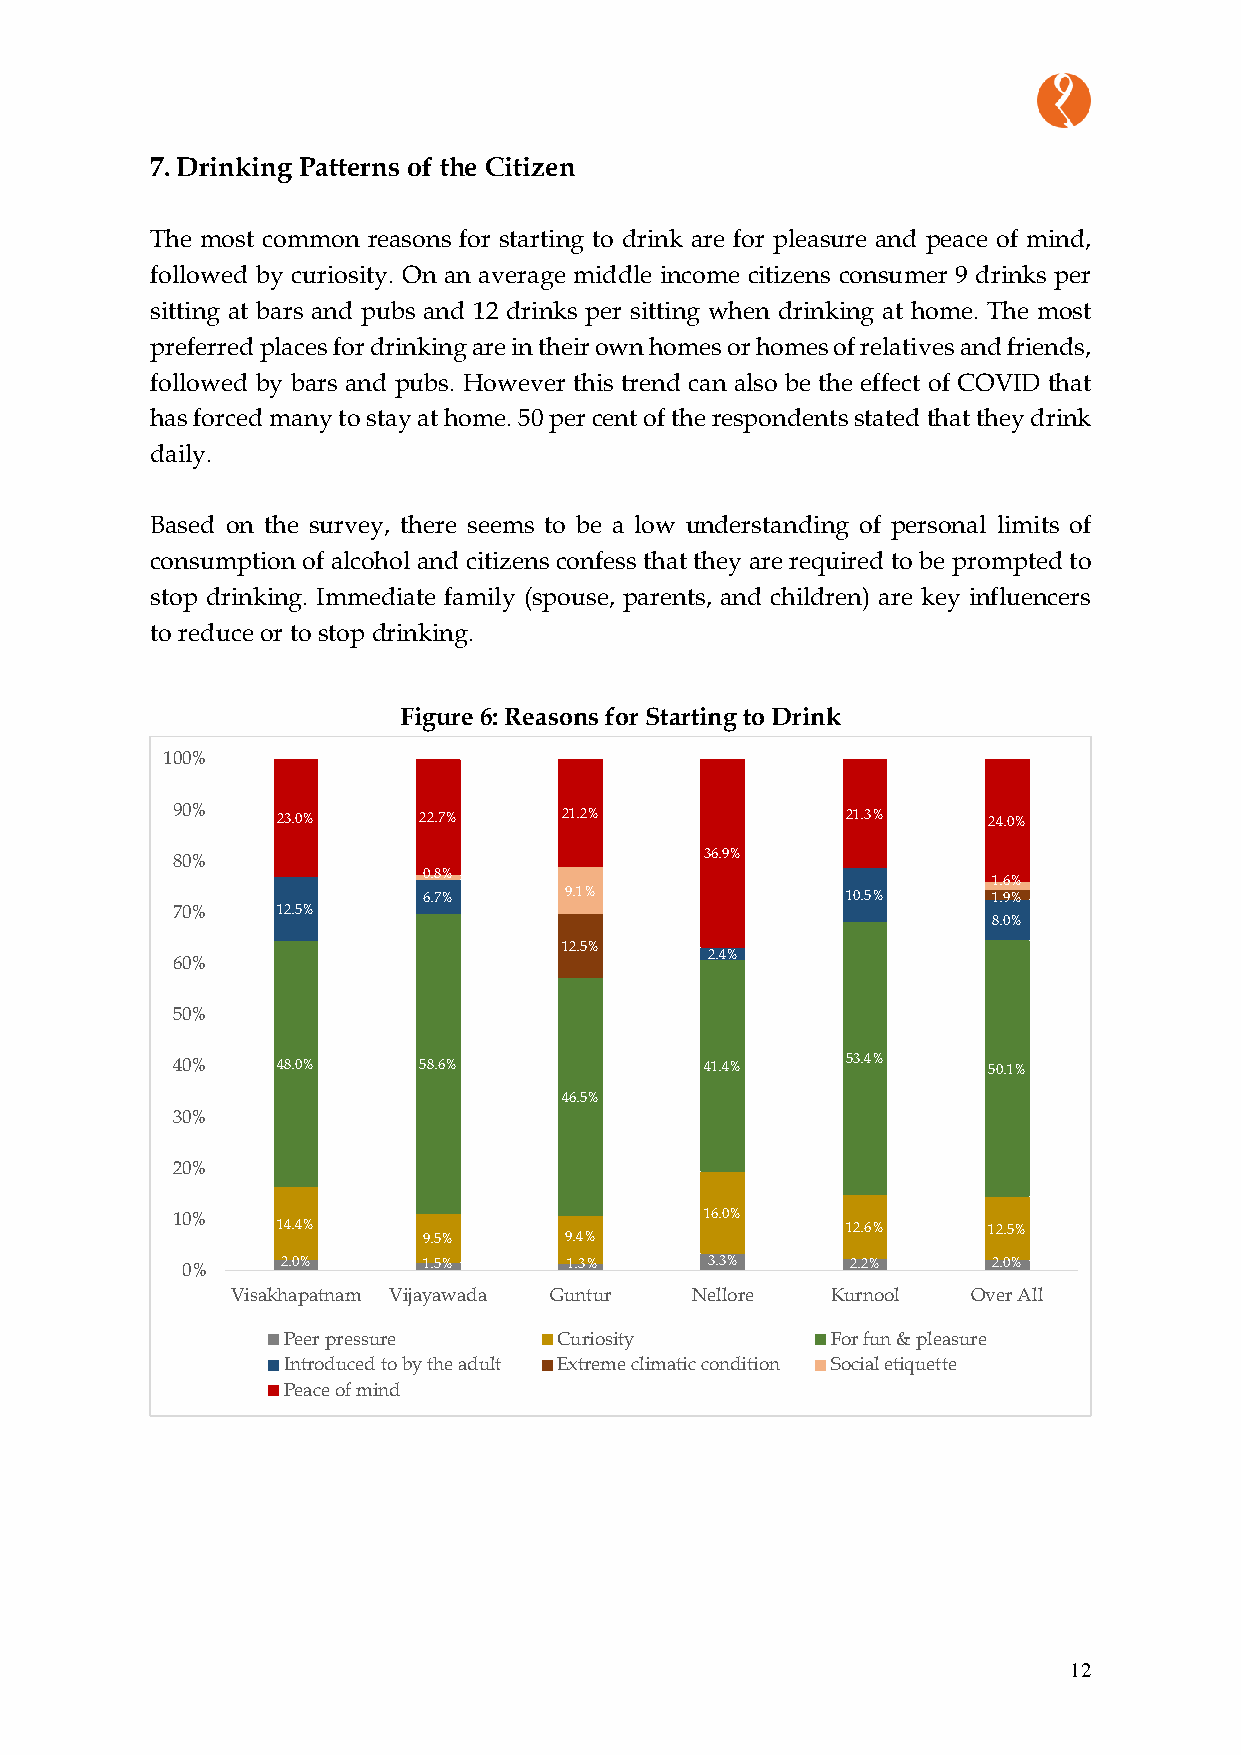
7. Drinking Patterns of the Citizen
 The most common reasons for starting to drink are for pleasure and peace of mind,
 followed by curiosity. On an average middle income citizens consumer 9 drinks per
 sitting at bars and pubs and 12 drinks per sitting when drinking at home. The most
 preferred places for drinking are in their own homes or homes of relatives and friends,
 followed by bars and pubs. However this trend can also be the effect of COVID that
 has forced many to stay at home. 50 per cent of the respondents stated that they drink
 daily.
 Based on the survey, there seems to be a low understanding of personal limits of
 consumption of alcohol and citizens confess that they are required to be prompted to
 stop drinking. Immediate family (spouse, parents, and children) are key influencers
 to reduce or to stop drinking.
 Figure 6: Reasons for Starting to Drink
 100%
 90%    23.0%     22.7%    21.2%              21.3%    24.0%
 80%                                 36.9%
 0.8%
 1.6%
 6.7%     9.1%               10.5%     1.9%
 70%    12.5%
 8.0%
 12.5%
 2.4%
 60%
 50%
 40%    48.0%     58.6%              41.4%    53.4%    50.1%
 46.5%
 30%
 20%
 10%                                 16.0%
 14.4%                                 12.6%    12.5%
 9.5%     9.4%
 0%     2.0%     1.5%      1.3%     3.3%     2.2%      2.0%
 Visakhapatnam Vijayawada Guntur Nellore Kurnool  Over All
 Peer pressure     Curiosity         For fun & pleasure
 Introduced to by the adult Extreme climatic condition Social etiquette
 Peace of mind
 12